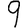
Digit: 9